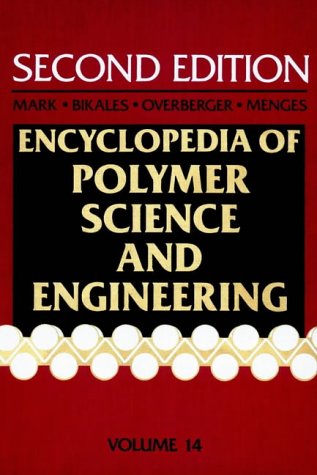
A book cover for Radiopaque Polymers to Safety, Volume 14, Encyclopedia of Polymer Science and Engineering, 2nd Edition; Science & Math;